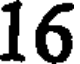
16